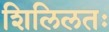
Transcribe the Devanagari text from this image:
शिलिलतः